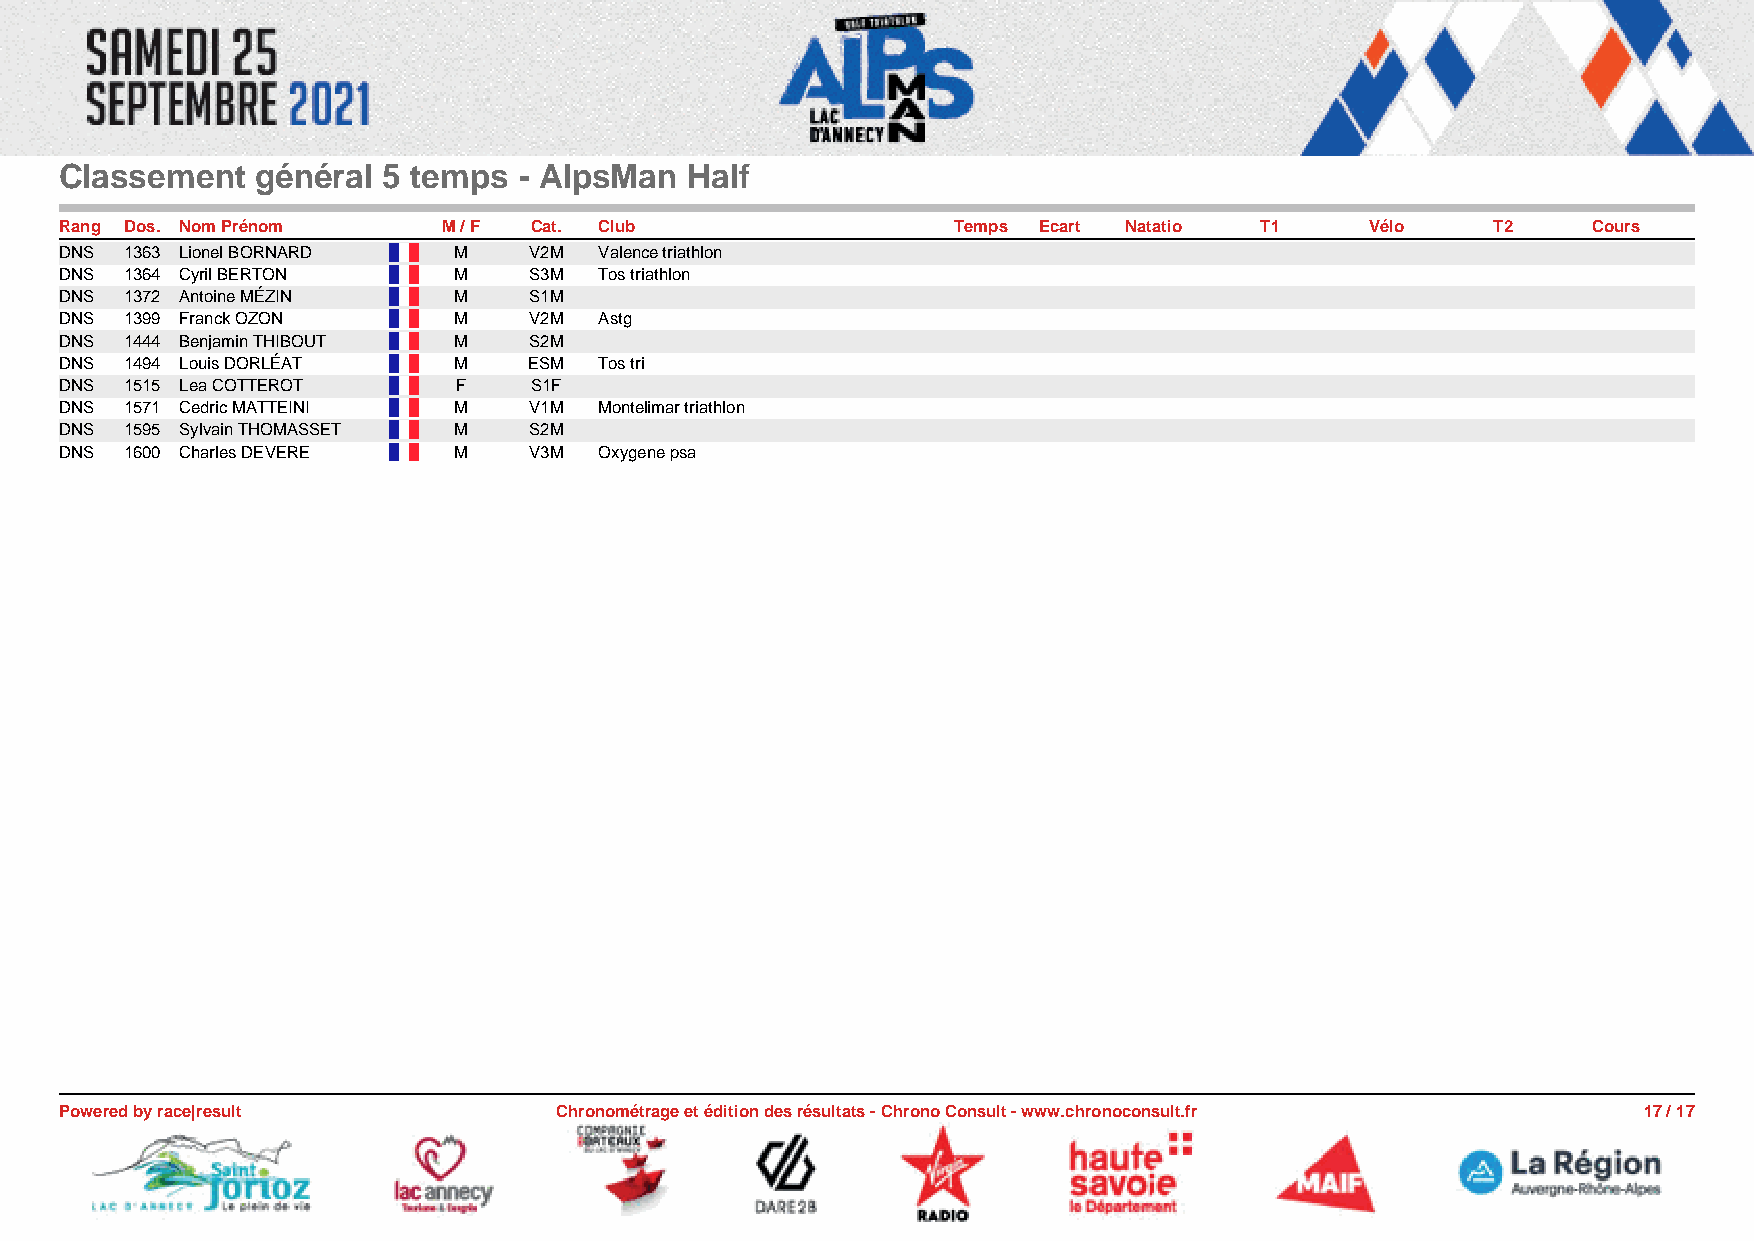
Classement   général 5 temps  - AlpsMan  Half
 Rang Dos. Nom Prénom     M / F Cat. Club                   Temps Ecart Natatio T1      Vélo    T2    Cours
 DNS 1363 Lionel BORNARD   M    V2M  Valence triathlon
 DNS 1364 Cyril BERTON     M    S3M  Tos triathlon
 DNS 1372 Antoine MÉZIN    M    S1M
 DNS 1399 Franck OZON      M    V2M  Astg
 DNS 1444 Benjamin THIBOUT M    S2M
 DNS 1494 Louis DORLÉAT    M    ESM  Tos tri
 DNS 1515 Lea COTTEROT     F    S1F
 DNS 1571 Cedric MATTEINI  M    V1M  Montelimar triathlon
 DNS 1595 Sylvain THOMASSET M   S2M
 DNS 1600 Charles DEVERE   M    V3M  Oxygene psa
 Powered by race|result           Chronométrage et édition des résultats - Chrono Consult - www.chronoconsult.fr 17 / 17